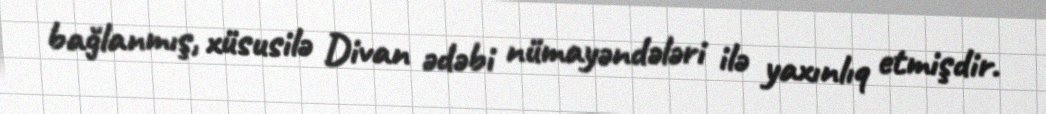
bağlanmış, xüsusilə Divan ədəbi nümayəndələri ilə yaxınlıq etmişdir.